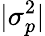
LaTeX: |\sigma_{p}^{2}|